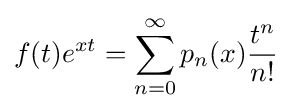
f(t)e^{xt}=\sum _{n=0}^{\infty }p_{n}(x){\frac {t^{n}}{n!}}